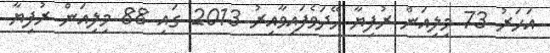
އަހަރު 73 މިލިއަން ރުފިޔާ ހޭދަވެފައިވާއިރު 2013 ގައި 88 މިލިއަން ރުފިޔާ